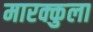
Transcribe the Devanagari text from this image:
मारक्कुला